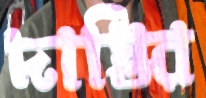
দাস্তির